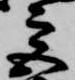
宮